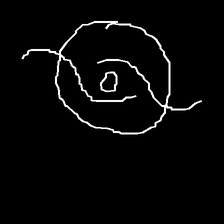
Glyph: repetition